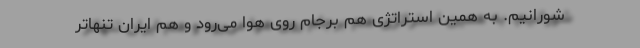
‌شورانیم. به همین استراتژی هم برجام روی هوا می‌رود و هم ایران تنهاتر